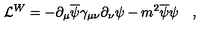
{ \cal L } ^ { W } = - \partial _ { \mu } \overline { \psi } \gamma _ { \mu \nu } \partial _ { \nu } \psi - m ^ { 2 } \overline { \psi } \psi \quad ,